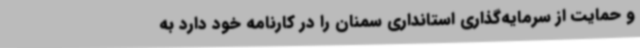
و حمایت از سرمایه‌گذاری استانداری سمنان را در کارنامه خود دارد به